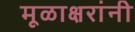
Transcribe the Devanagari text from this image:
मूळाक्षरांनी